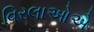
વિરલાઓએ